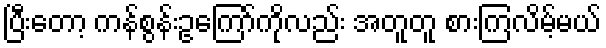
ပြီးတော့ ကန်စွန်းဥကြော်ကိုလည်း အတူတူ စားကြလိမ့်မယ်